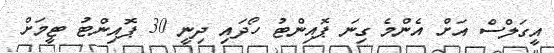
އީގަލްސް އަށް އެންމެ ގިނަ ޕޮއިންޓު ހޯދައި ދިނީ 30 ޕޮއިންޓު ޓީމަށް